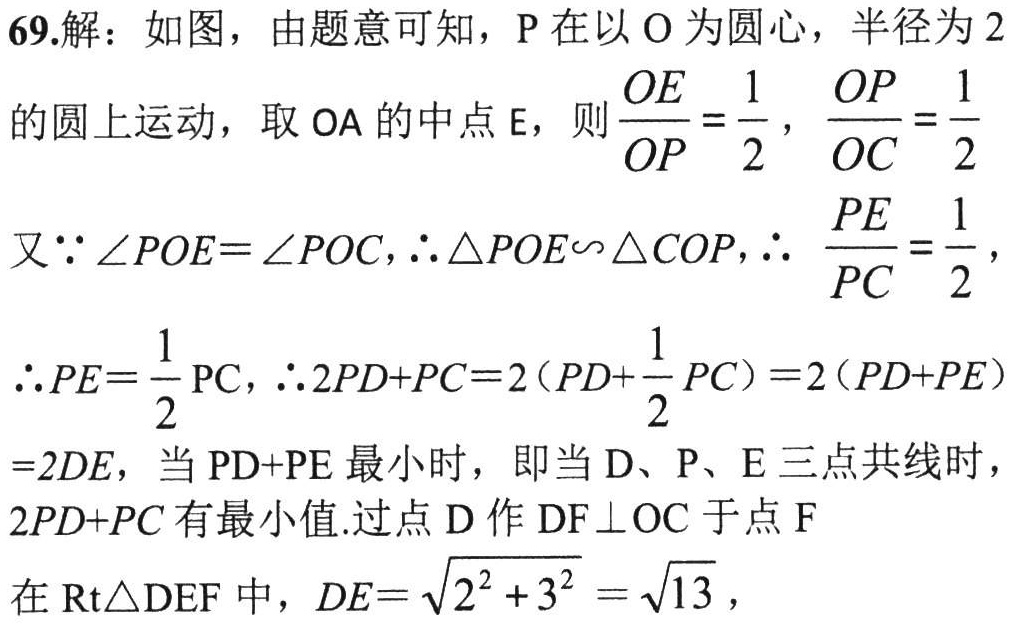
69.解：如图，由题意可知，P在以O为圆心，半径为2
的圆上运动，取OA的中点E，则$\frac{OE}{OP}=\frac{1}{2}$，$\frac{OP}{OC}=\frac{1}{2}$
又$\because\angle POE = \angle POC$，$\therefore\triangle POE\sim\triangle COP$，$\therefore$ $\frac{PE}{PC}=\frac{1}{2}$，
$\therefore PE=\frac{1}{2}\text{PC}$，$\therefore 2PD + PC = 2(PD+\frac{1}{2}PC)=2(PD + PE)$
$=2DE$，当$PD + PE$最小时，即当D、P、E三点共线时，
$2PD + PC$有最小值.过点D作$DF\perp OC$于点F
在$\text{Rt}\triangle DEF$中，$DE = \sqrt{2^{2}+3^{2}}=\sqrt{13}$，